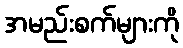
အမည်းစက်များကို